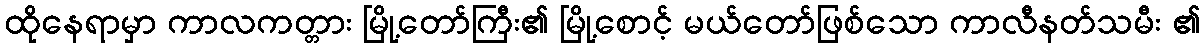
ထိုနေရာမှာ ကာလကတ္တား မြို့တော်ကြီး၏ မြို့စောင့် မယ်တော်ဖြစ်သော ကာလီနတ်သမီး ၏